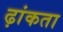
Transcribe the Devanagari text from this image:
ढ़ांकता